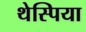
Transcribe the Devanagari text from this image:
थेस्पिया